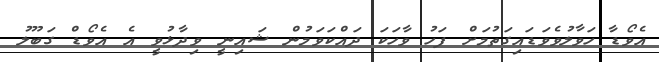
އެވޯޑާ ހަވާލުވެވަޑައިގަތުމަށް ފަހު ވާހަކަ ދައްކަވަމުން ޝައިނީ ވިދާޅުވީ އެ އެވޯޑް ގަބޫލު